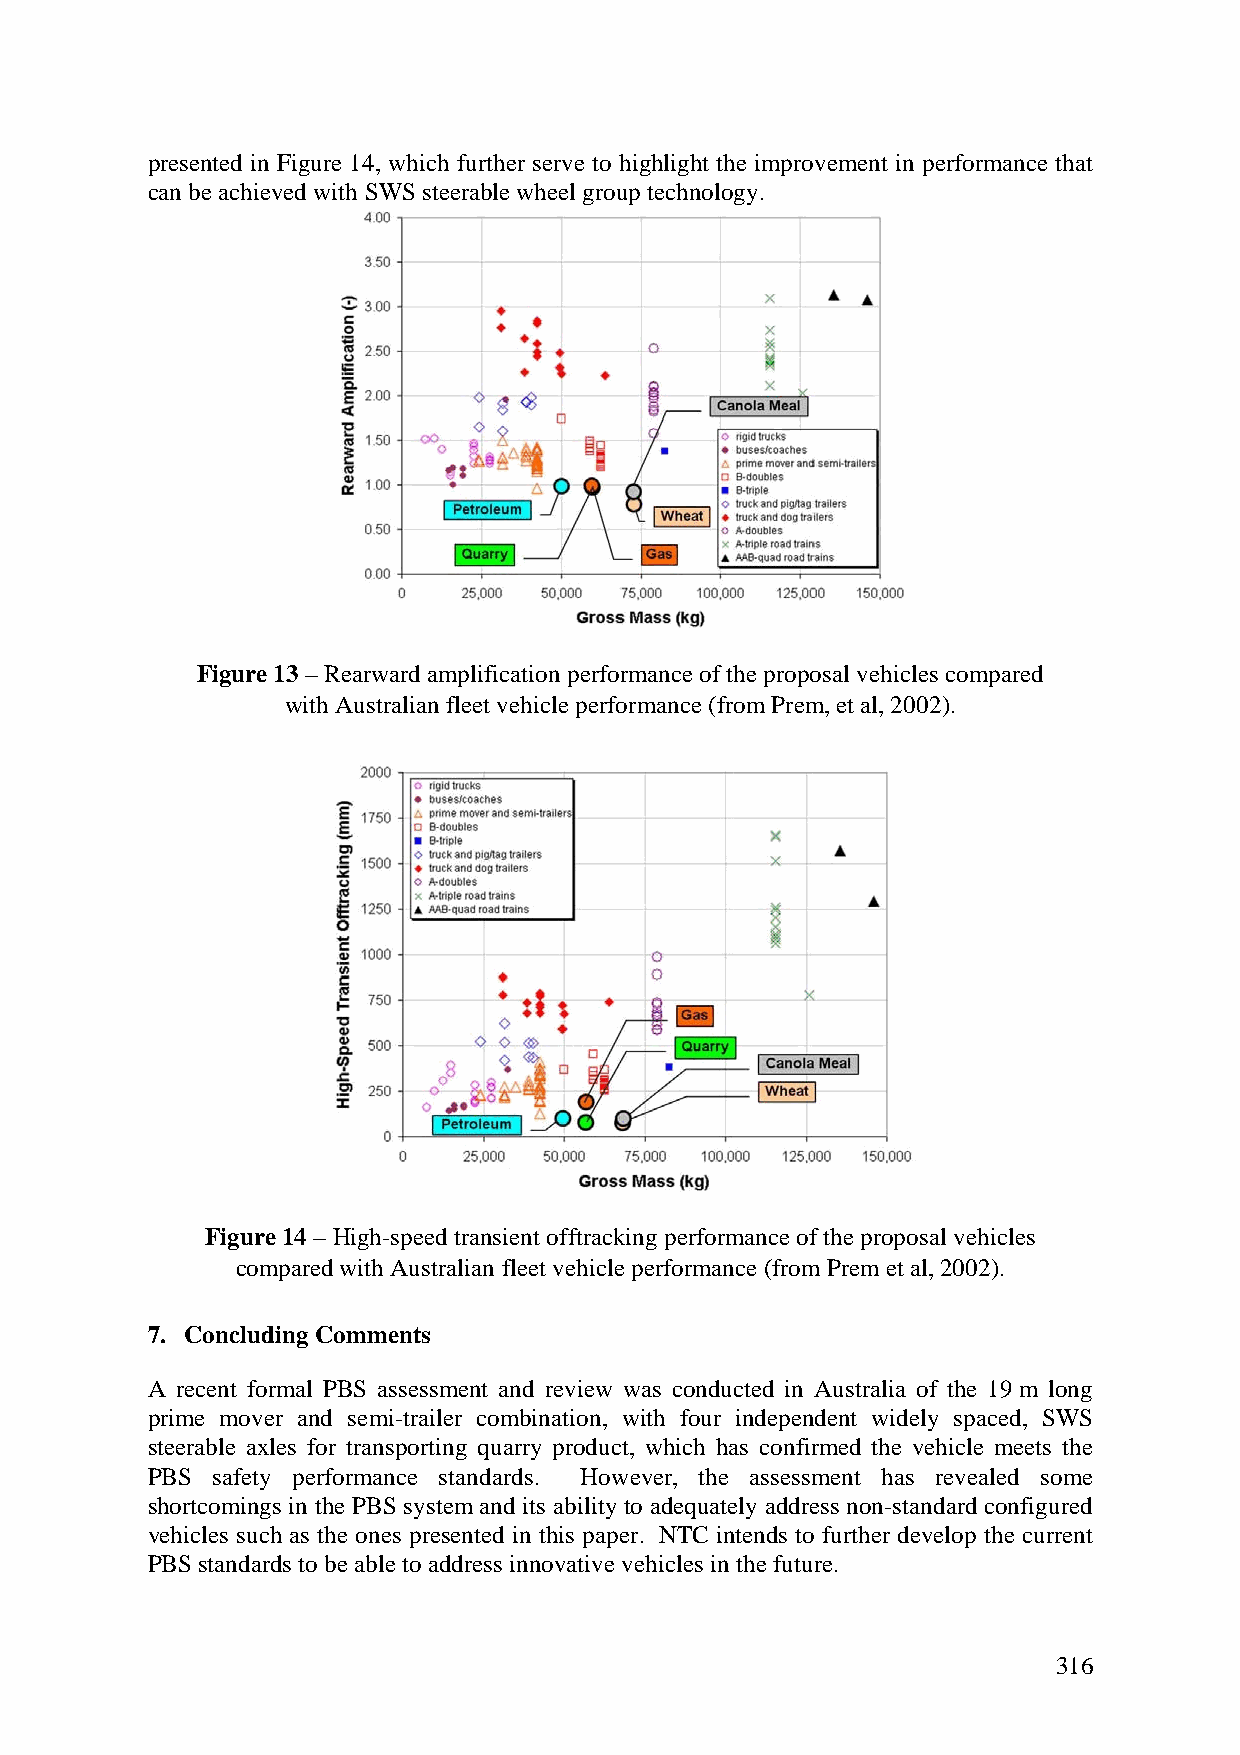
presented in Figure 14, which further serve to highlight the improvement in performance that
 can be achieved with SWS steerable wheel group technology.
 Figure 13 – Rearward amplification performance of the proposal vehicles compared
 with Australian fleet vehicle performance (from Prem, et al, 2002).
 Figure 14 – High-speed transient offtracking performance of the proposal vehicles
 compared with Australian fleet vehicle performance (from Prem et al, 2002).
 7. Concluding Comments
 A recent formal PBS assessment and review was conducted in Australia of the 19 m long
 prime mover and semi-trailer combination, with four independent widely spaced, SWS
 steerable axles for transporting quarry product, which has confirmed the vehicle meets the
 PBS safety performance standards. However, the assessment has revealed some
 shortcomings in the PBS system and its ability to adequately address non-standard configured
 vehicles such as the ones presented in this paper. NTC intends to further develop the current
 PBS standards to be able to address innovative vehicles in the future.
 316